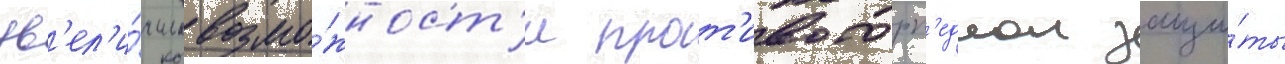
ув'ел'и́чило возмо́жност'и прот'ивоторп'еднои защи́ты